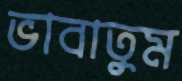
ভাবাতুম